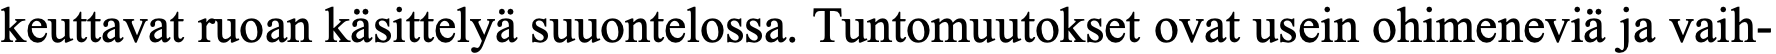
keuttavat ruoan käsittelyä suuontelossa. Tuntomuutokset ovat usein ohimeneviä ja vaih-